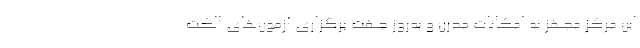
این مرکز مجهز به امکانات مدرن و به‌روز جهت برگزاری آزمون‌های الکت